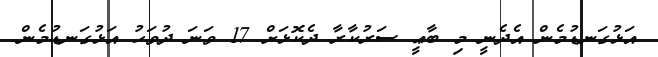
އަޅުގަނޑުމެން އެދެނީ މި ބާޢީ ސަރުކާރާ ދެކޮޅަށް 17 ވަނަ ދުވަހު އަޅުގަނޑުމެން